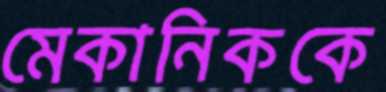
মেকানিককে